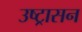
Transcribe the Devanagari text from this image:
उष्ट्रासन